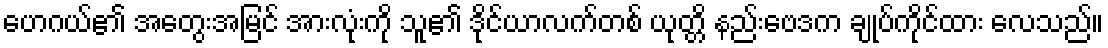
ဟေဂယ်၏ အတွေးအမြင် အားလုံးကို သူ၏ ဒိုင်ယာလက်တစ် ယုတ္တိ နည်းဗေဒက ချုပ်ကိုင်ထား လေသည်။